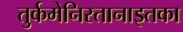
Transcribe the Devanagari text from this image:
तुर्कमेनिस्तानाइतका